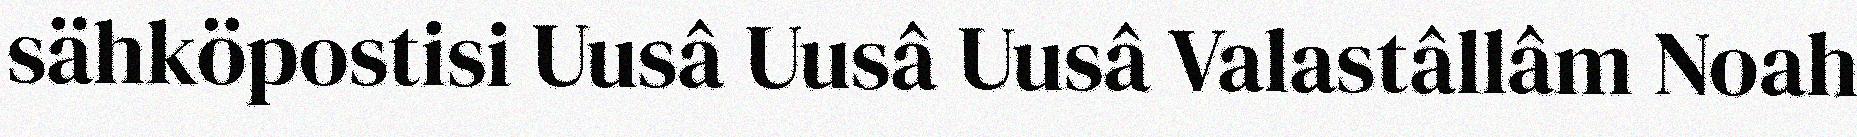
sähköpostisi Uusâ Uusâ Uusâ Valastâllâm Noah